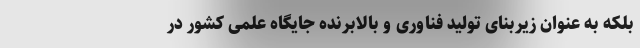
بلکه به عنوان زیربنای تولید فناوری و بالابرنده جایگاه علمی کشور در